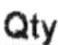
QTY